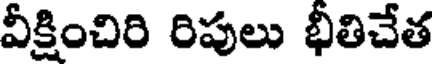
వీక్షించిరి రిపులు భీతిచేత